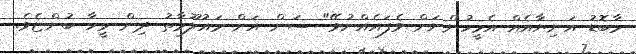
މާބޮޑު އަނިޔާއެއް އެމީހުންނަށް ވެފައެއްނުވޭ" ސަން އަށް މައުލޫމާތު ދިން މީހާ ބުންޏެވެ.